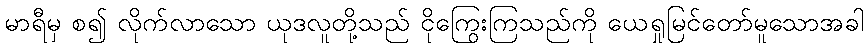
မာရီမှ စ၍ လိုက်လာသော ယုဒလူတို့သည် ငိုကြွေးကြသည်ကို ယေရှုမြင်တော်မူသောအခါ